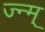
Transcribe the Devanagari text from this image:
ज्न्म्